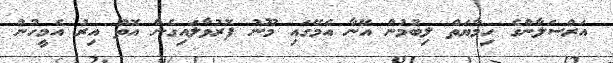
އަރްސަލާންގެ ހިމާޔަތް ލިބުމުން އޭނާ އެމޭގައި މޫނު ފޮރުވާލައިގެން އޮތް އިރު އެމީހުން